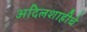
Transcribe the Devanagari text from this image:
अदिलशाहीचे